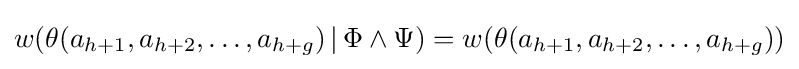
w(\theta (a_{h+1},a_{h+2},\ldots ,a_{h+g})\,|\,\Phi \wedge \Psi )=w(\theta (a_{h+1},a_{h+2},\ldots ,a_{h+g}))